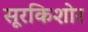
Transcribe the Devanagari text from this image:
सूरकिशोर